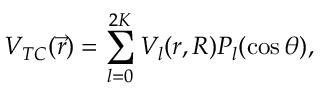
V _ { T C } ( \vec { r } ) = \sum _ { l = 0 } ^ { 2 K } V _ { l } ( r , R ) P _ { l } ( \cos \theta ) ,